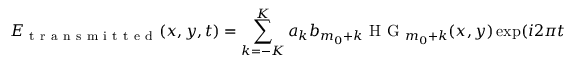
E _ { \mathrm { ~ t ~ r ~ a ~ n ~ s ~ m ~ i ~ t ~ t ~ e ~ d ~ } } ( x , y , t ) = \sum _ { k = - K } ^ { K } a _ { k } b _ { m _ { 0 } + k } \mathrm { ~ H ~ G ~ } _ { m _ { 0 } + k } ( x , y ) \exp ( i 2 \pi t ( \nu _ { 0 } + k \Delta \nu _ { \mathrm { ~ T ~ } } ) ) \exp ( i \phi _ { k } ) ,